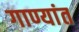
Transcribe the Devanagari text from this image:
गाण्यांत